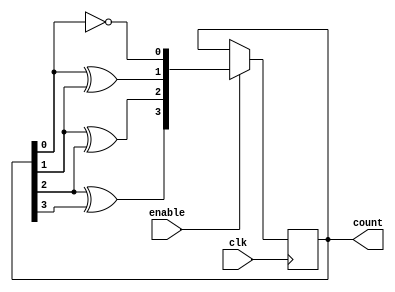
module GrayCodeCounter (
    input wire clk,   // Clock signal
    input wire enable,   // Enable signal
    output reg [3:0] count   // Gray code counter output
);

reg [3:0] next_count;

always @(posedge clk) begin
    if (enable)
        count <= next_count;
end

always @* begin
    next_count = count;
    if (enable) begin
        // Gray code sequence generation
        next_count[0] <= ~next_count[0];
        next_count[1] <= next_count[0] ^ next_count[1];
        next_count[2] <= next_count[1] ^ next_count[2];
        next_count[3] <= next_count[2] ^ next_count[3];
    end
end

endmodule